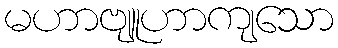
မဟာဗျူဟာကျသော